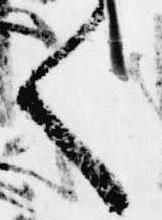
く